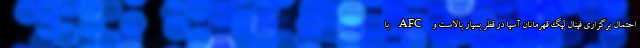
احتمال برگزاری فینال لیگ قهرمانان آسیا در قطر بسیار بالاست و AFC با